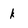
Character: k